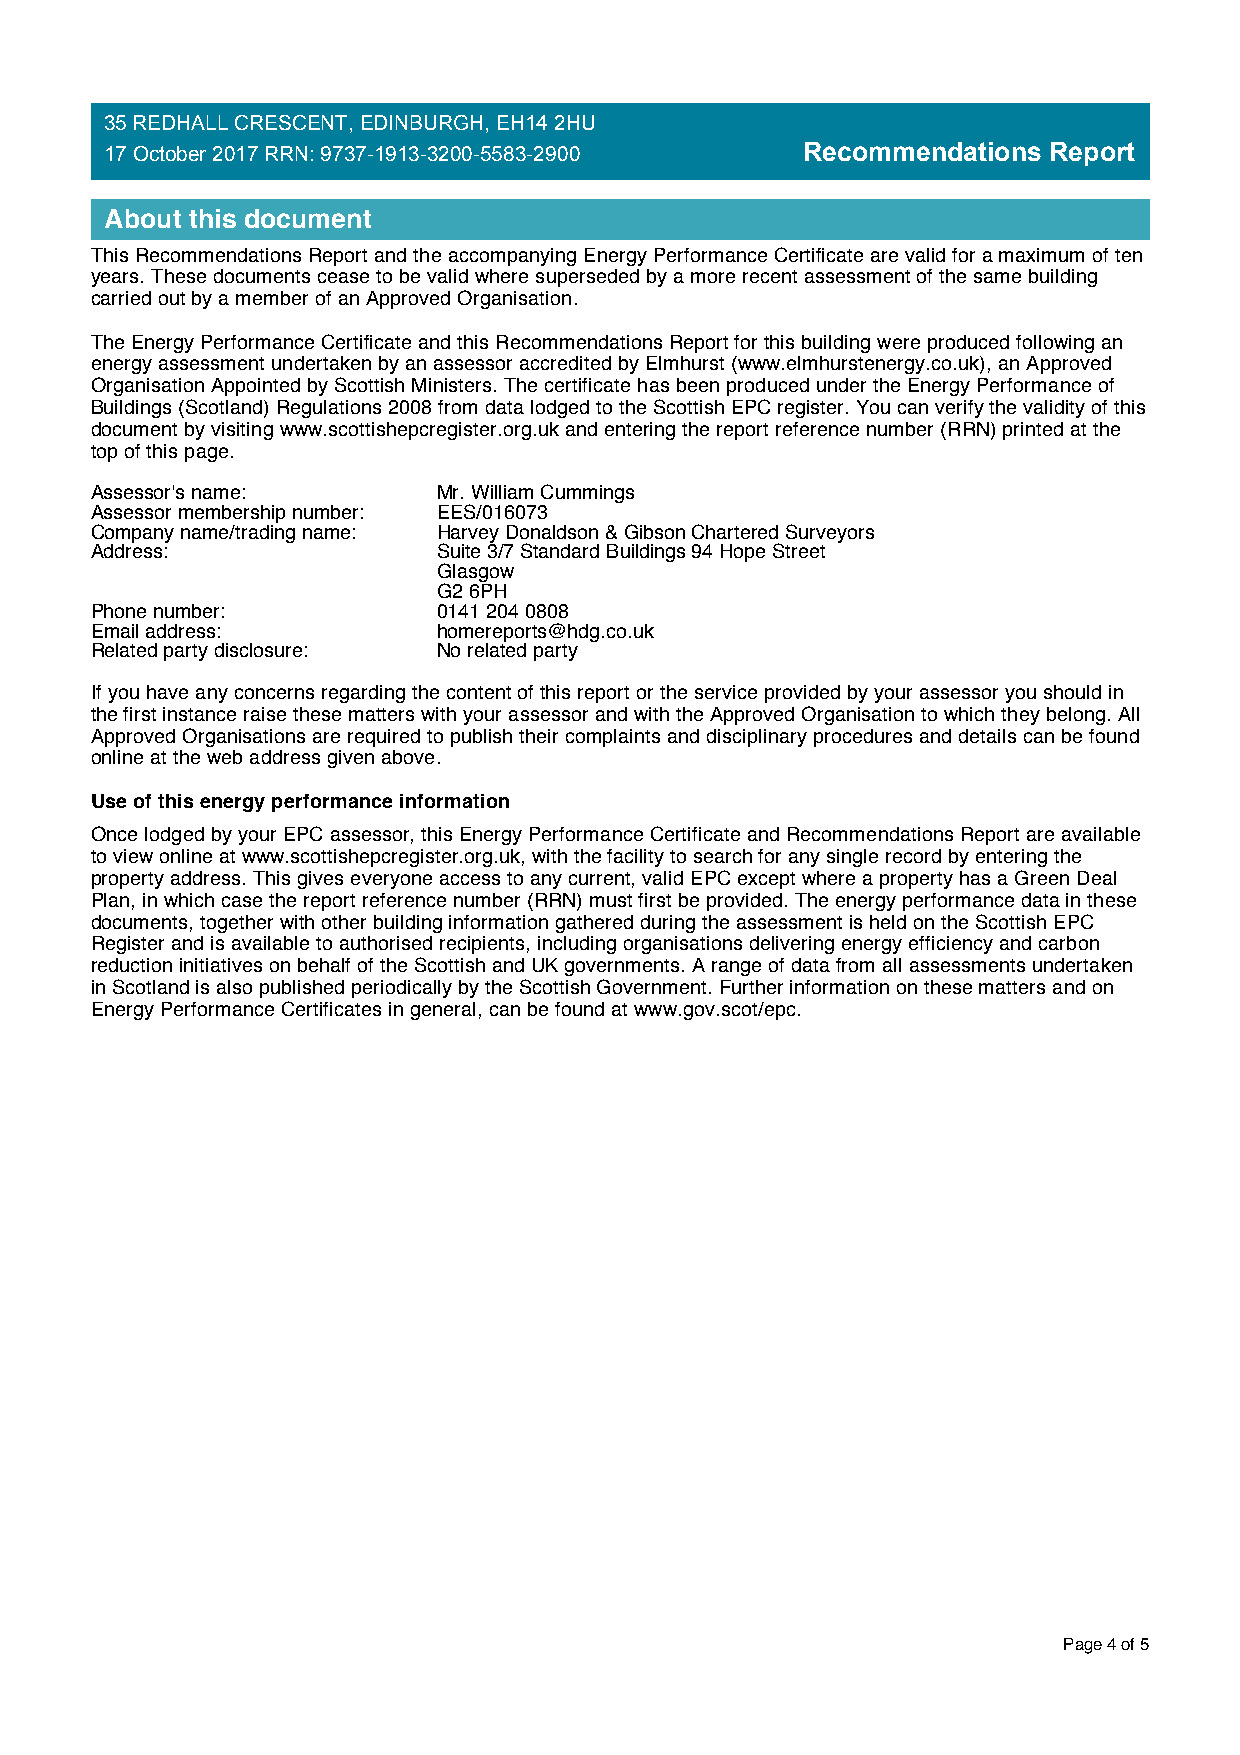
35 REDHALL CRESCENT, EDINBURGH, EH14 2HU
 17 October 2017 RRN: 9737-1913-3200-5583-2900 Recommendations Report
 About this document
 This Recommendations Report and the accompanying Energy Performance Certificate are valid for a maximum of ten
 years. These documents cease to be valid where superseded by a more recent assessment of the same building
 carried out by a member of an Approved Organisation.
 The Energy Performance Certificate and this Recommendations Report for this building were produced following an
 energy assessment undertaken by an assessor accredited by Elmhurst (www.elmhurstenergy.co.uk), an Approved
 Organisation Appointed by Scottish Ministers. The certificate has been produced under the Energy Performance of
 Buildings (Scotland) Regulations 2008 from data lodged to the Scottish EPC register. You can verify the validity of this
 document by visiting www.scottishepcregister.org.uk and entering the report reference number (RRN) printed at the
 top of this page.
 Assessor's name:       Mr. William Cummings
 Assessor membership number: EES/016073
 Company name/trading name: Harvey Donaldson & Gibson Chartered Surveyors
 Address:               Suite 3/7 Standard Buildings 94 Hope Street
 Glasgow
 G2 6PH
 Phone number:          0141 204 0808
 Email address:         homereports@hdg.co.uk
 Related party disclosure: No related party
 If you have any concerns regarding the content of this report or the service provided by your assessor you should in
 the first instance raise these matters with your assessor and with the Approved Organisation to which they belong. All
 Approved Organisations are required to publish their complaints and disciplinary procedures and details can be found
 online at the web address given above.
 Use of this energy performance information
 Once lodged by your EPC assessor, this Energy Performance Certificate and Recommendations Report are available
 to view online at www.scottishepcregister.org.uk, with the facility to search for any single record by entering the
 property address. This gives everyone access to any current, valid EPC except where a property has a Green Deal
 Plan, in which case the report reference number (RRN) must first be provided. The energy performance data in these
 documents, together with other building information gathered during the assessment is held on the Scottish EPC
 Register and is available to authorised recipients, including organisations delivering energy efficiency and carbon
 reduction initiatives on behalf of the Scottish and UK governments. A range of data from all assessments undertaken
 in Scotland is also published periodically by the Scottish Government. Further information on these matters and on
 Energy Performance Certificates in general, can be found at www.gov.scot/epc.
 Page 4 of 5